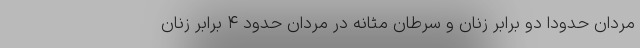
مردان حدوداً دو برابر زنان و سرطان مثانه در مردان حدود ۴ برابر زنان